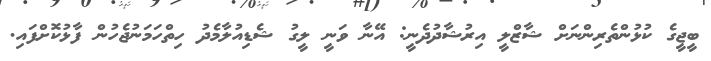
ބީޖީގެ ކުޅުންތެރިންނަށް ޝާޒްލީ އިރުޝާދުދެނީ: އޭނާ ވަނީ ލީގު ޝެޑިއުލާމެދު ހިތްހަމަނުޖެހުން ފާޅުކޮށްފައި.